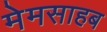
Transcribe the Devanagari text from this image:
मेमसाहब